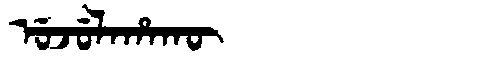
Manchu: ᡠᠵᡠᠯᠠᡥᠠᡴᡡ
Romanization: UJULAHAKŪ